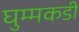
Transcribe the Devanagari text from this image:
घुम्मकडी